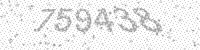
Solution: 759438